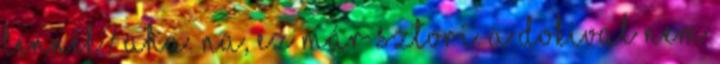
lennék? Aha. Na, ez már sztori. A dokival nem